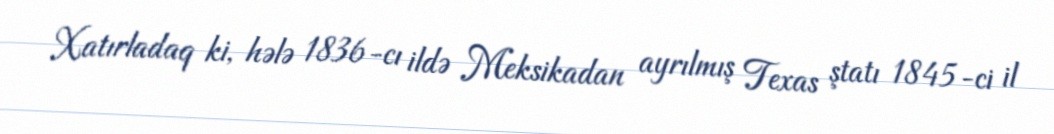
Xatırladaq ki, hələ 1836-cı ildə Meksikadan ayrılmış Texas ştatı 1845-ci il